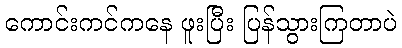
ကောင်းကင်ကနေ ဖူးပြီး ပြန်သွားကြတာပဲ